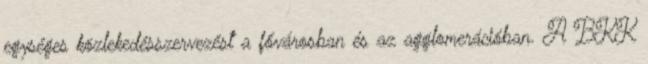
egységes közlekedésszervezést a fővárosban és az agglomerációban. A BKK